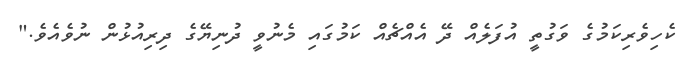
ކެހިވެރިކަމުގެ ވަގުތީ އުފަލެއް ދޭ އެއްޗެއް ކަމުގައި މެނުވީ ދުނިޔޭގެ ދިރިއުޅުން ނުވެއެވެ."